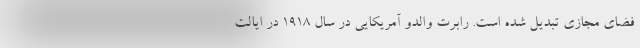
فضای مجازی تبدیل شده است. رابرت والدو آمریکایی در سال ۱۹۱۸ در ایالت